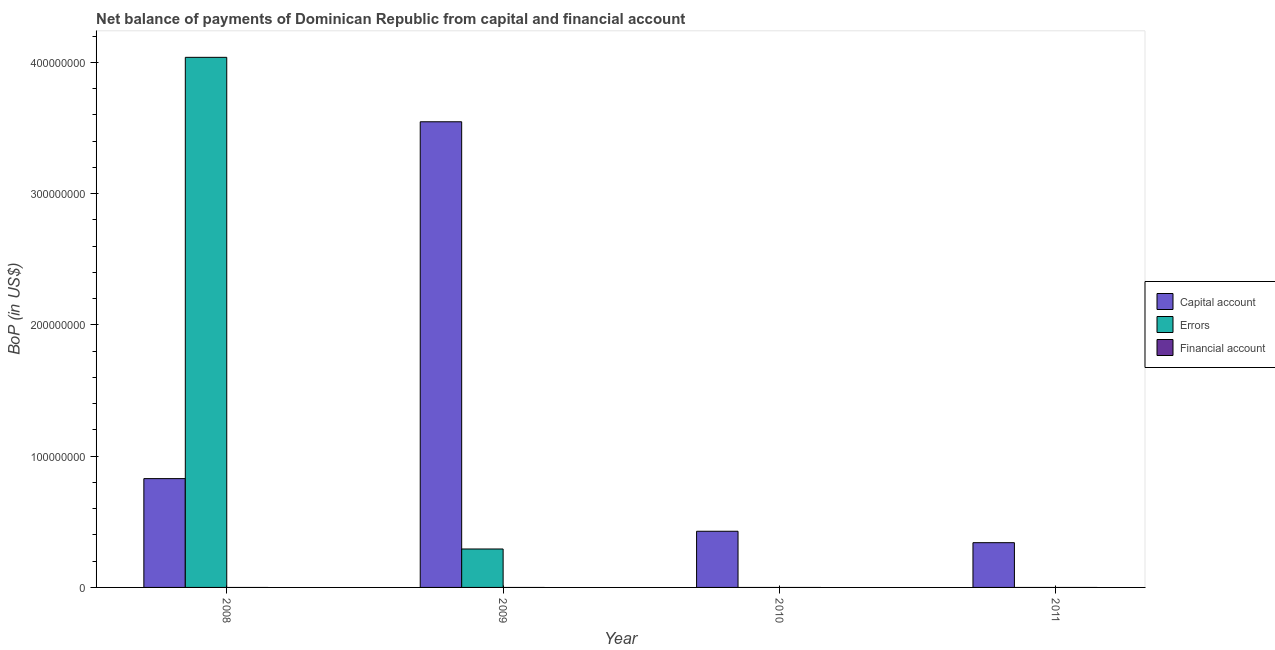
| Year | Capital account | Errors | Financial account |
 | --- | --- | --- | --- |
 | 2008 | 8.29e+07 | 4.04e+08 | -1.59e+09 |
 | 2009 | 3.55e+08 | 2.93e+07 | -4.41e+09 |
 | 2010 | 4.28e+07 | -1.63e+08 | -2.11e+09 |
 | 2011 | 3.41e+07 | -1.11e+09 | -5.07e+09 |